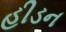
હીડન